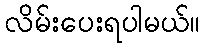
လိမ်းပေးရပါမယ်။